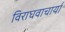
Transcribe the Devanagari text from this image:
विराघवाचार्या